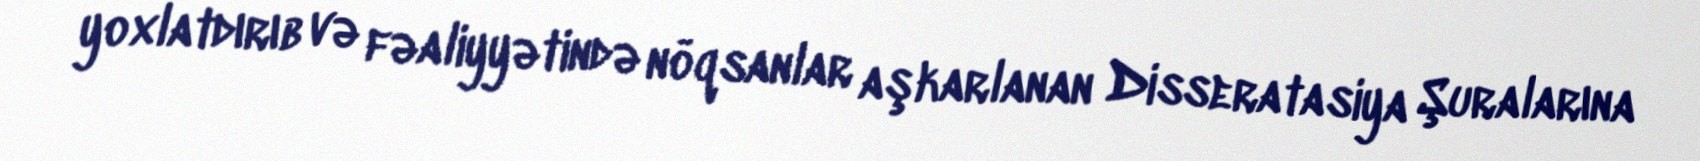
yoxlatdırıb və fəaliyyətində nöqsanlar aşkarlanan Disseratasiya Şuralarına